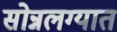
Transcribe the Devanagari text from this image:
सोन्नलग्यात